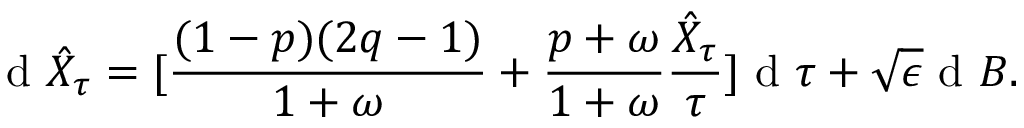
\textrm { d } \hat { X } _ { \tau } = [ \frac { ( 1 - p ) ( 2 q - 1 ) } { 1 + \omega } + \frac { p + \omega } { 1 + \omega } \frac { \hat { X } _ { \tau } } { \tau } ] \textrm { d } \tau + \sqrt { \epsilon } \textrm { d } B .